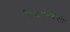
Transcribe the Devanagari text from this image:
दिशानिर्देंशों